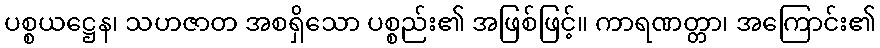
ပစ္စယဋ္ဌေန၊ သဟဇာတ အစရှိသော ပစ္စည်း၏ အဖြစ်ဖြင့်။ ကာရဏတ္တာ၊ အကြောင်း၏